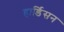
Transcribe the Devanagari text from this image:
हार्डिसन